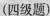
(四级题)